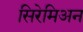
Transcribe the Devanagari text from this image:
सिरेमिअन